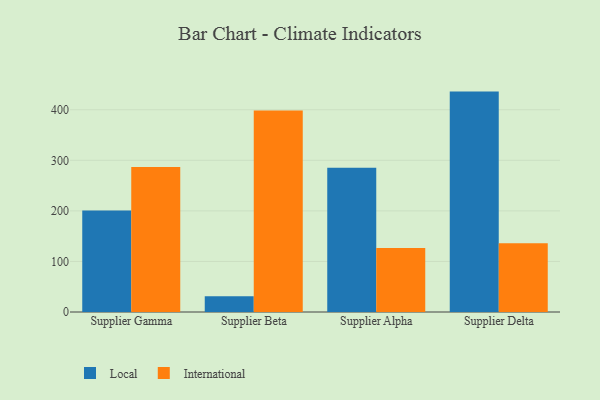
{"axis": {"x": "Supplier", "y": "Demand Index"}, "legend": ["International", "Local"], "data": [{"x": "Supplier Gamma", "y": 200.9, "type": "Local"}, {"x": "Supplier Gamma", "y": 286.9, "type": "International"}, {"x": "Supplier Beta", "y": 31.3, "type": "Local"}, {"x": "Supplier Beta", "y": 398.6, "type": "International"}, {"x": "Supplier Alpha", "y": 285.5, "type": "Local"}, {"x": "Supplier Alpha", "y": 126.4, "type": "International"}, {"x": "Supplier Delta", "y": 435.9, "type": "Local"}, {"x": "Supplier Delta", "y": 136.1, "type": "International"}]}